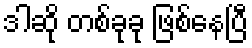
ဒါဆို တစ်ခုခု ဖြစ်နေပြီ